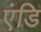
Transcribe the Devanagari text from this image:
एंडि